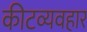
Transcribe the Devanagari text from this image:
कीटव्यवहार